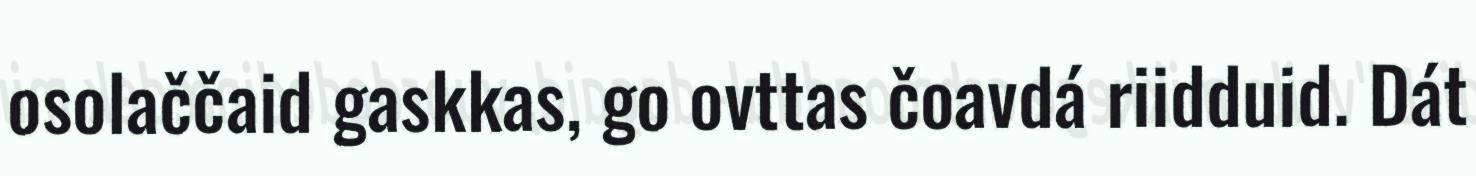
osolaččaid gaskkas, go ovttas čoavdá riidduid. Dát